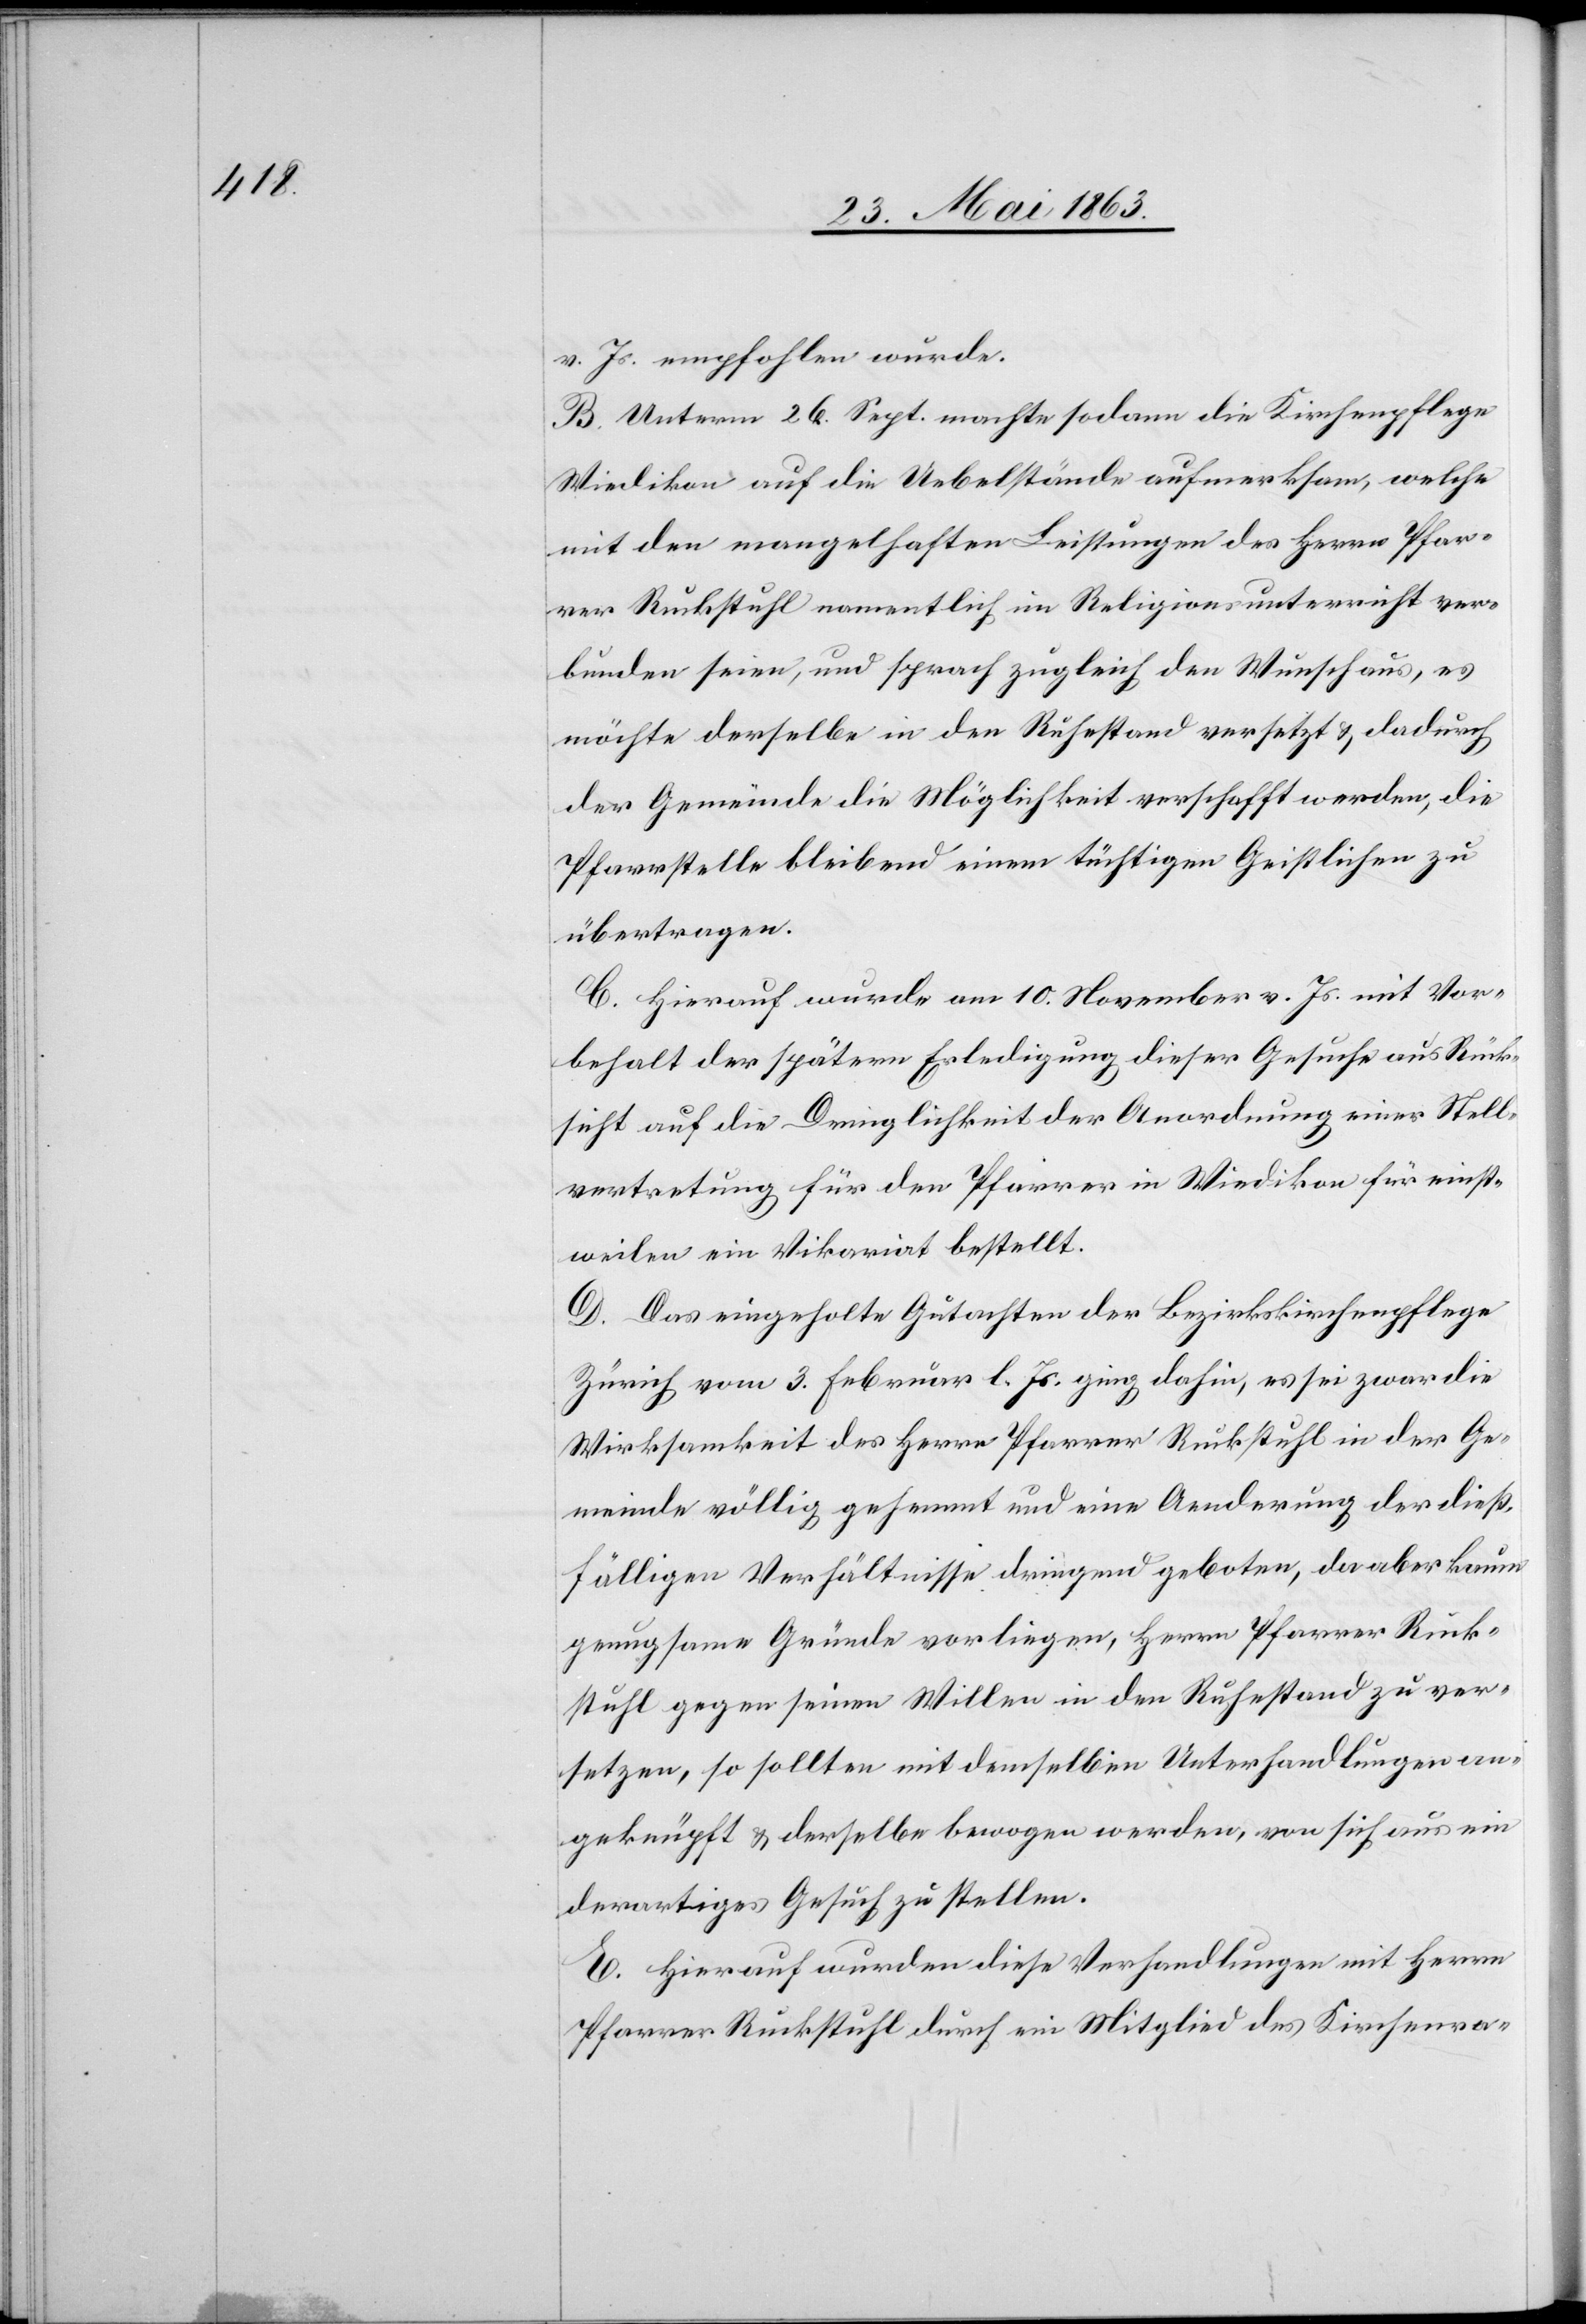
v. Js. empfohlen wurde.
B. Unterm 26. Sept. machte sodann die Kirchenpflege
Wiedikon auf die Uebelstände aufmerksam, welche
mit den mangelhaften Leistungen des Herrn Pfar¬
rer Ruckstuhl namentlich im Religionsunterricht ver¬
bunden seien, und sprach zugleich den Wunsch aus, es
möchte derselbe in den Ruhestand versetzt & dadurch
der Gemeinde die Möglichkeit verschafft werden, die
Pfarrstelle bleibend einem tüchtigen Geistlichen zu
übertragen.
C. Hierauf wurde am 10. November v. Js. mit Vor¬
behalt der spätern Erledigung dieser Gesuche aus Rück¬
sicht auf die Dringlichkeit der Anordnung einer Stell¬
vertretung für den Pfarrer in Wiedikon für einst¬
weilen ein Vikariat bestellt.
D. Das eingeholte Gutachten der Bezirkskirchenpflege
Zürich vom 3. Februar l. Js. ging dahin, es sei zwar die
Wirksamkeit des Herrn Pfarrer Ruckstuhl in der Ge¬
meinde völlig gehemmt und eine Aenderung der dieß¬
fälligen Verhältnisse dringend geboten, da aber kaum
genugsame Gründe vorliegen, Herrn Pfarrer Ruck¬
stuhl gegen seinen Willen in den Ruhestand zu ver¬
setzen, so sollten mit demselben Unterhandlungen an¬
geknüpft & derselbe bewogen werden, von sich aus ein
derartiges Gesuch zu stellen.
E. Hierauf wurden diese Verhandlungen mit Herrn
Pfarrer Ruckstuhl durch ein Mitglied des Kirchenra-